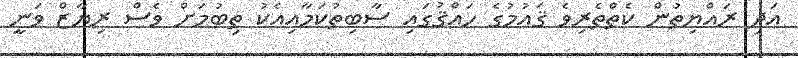
އަދި ރައްޔިތުން ކެތްތެރިވެ ޤައުމުގެ ހައްޤުގައި ސާބިތުކަމާއިއެކު ތިބުމަށް ވެސް ރިޔާޒް ވަނީ